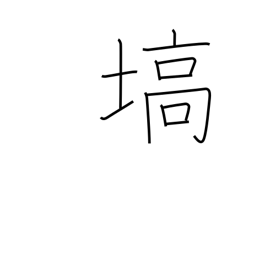
Meaning: projecting tableland or mountain